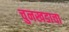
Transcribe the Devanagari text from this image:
चुनखडाचा